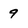
Character: 9